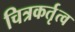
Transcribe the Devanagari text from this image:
चित्रकर्तृत्व